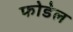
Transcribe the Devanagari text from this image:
फोडेल